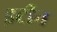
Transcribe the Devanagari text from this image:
इटीन